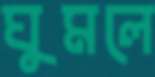
ঘুমলে